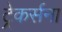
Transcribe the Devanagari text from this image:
ट्रेकर्सना